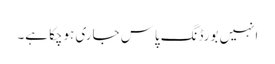
انہیں بورڈنگ پاس جاری ہوچکا ہے۔